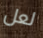
لعل